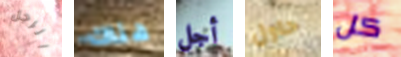
الرجل هناك أجل حاول كل